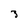
Character: 3